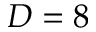
D = 8